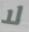
لا